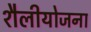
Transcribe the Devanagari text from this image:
शैलीयोजना